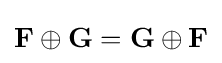
\mathbf {F} \oplus \mathbf {G} =\mathbf {G} \oplus \mathbf {F}